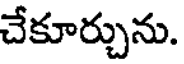
చేకూర్చును.